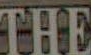
THE